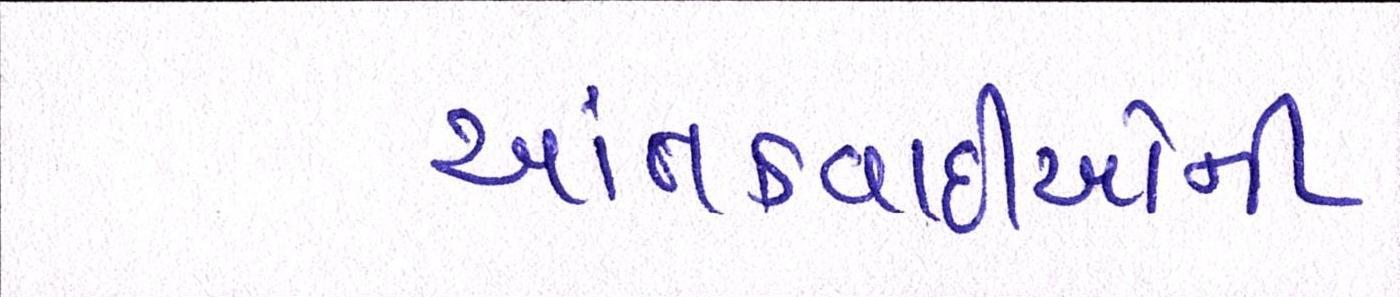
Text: આતંકવાદીઓની